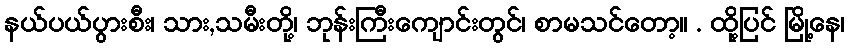
နယ်ပယ်ပွားစီး၊ သား,သမီးတို့၊ ဘုန်းကြီးကျောင်းတွင်၊ စာမသင်တော့။ . ထို့ပြင် မြို့နေ၊